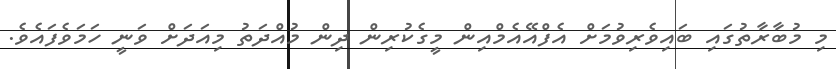
މި މުބާރާތުގައި ބައިވެރިވުމަށް އެފްއޭއެމްއިން މީގެކުރިން ދިން މުއްދަތު މިއަދަށް ވަނީ ހަމަވެފައެވެ.